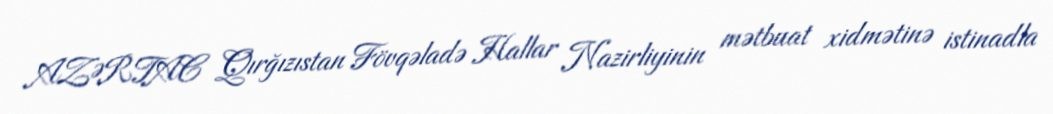
AZƏRTAC Qırğızıstan Fövqəladə Hallar Nazirliyinin mətbuat xidmətinə istinadla